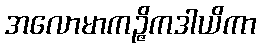
အလောမာကဉ္ဇိကဒါယိကာ